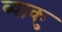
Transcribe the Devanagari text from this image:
ब्याकु